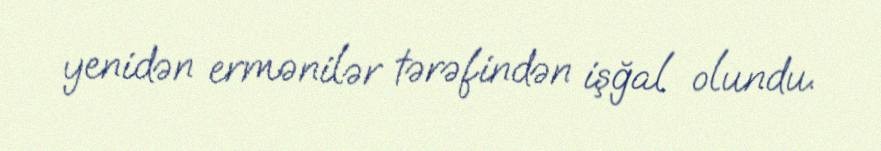
yenidən ermənilər tərəfindən işğal olundu.